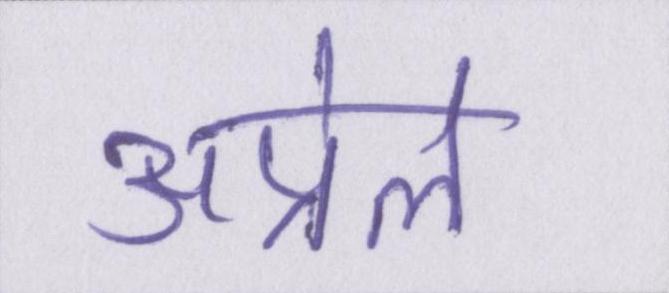
अप्रेल